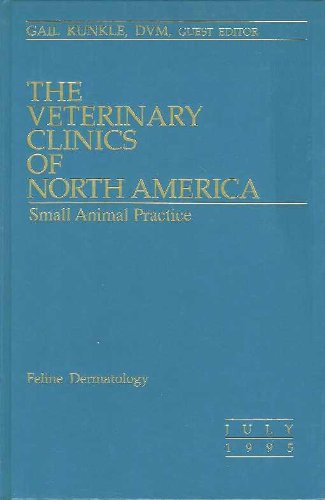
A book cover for The Veterinary Clinics Of North America Small Animal Practice - FELINE DERMATOLOGY - July 1995 - Vol. 25 Number 4; Medical Books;